Statistics compiled by the Government of India from the reports of provincial Civil Veterinary Departments
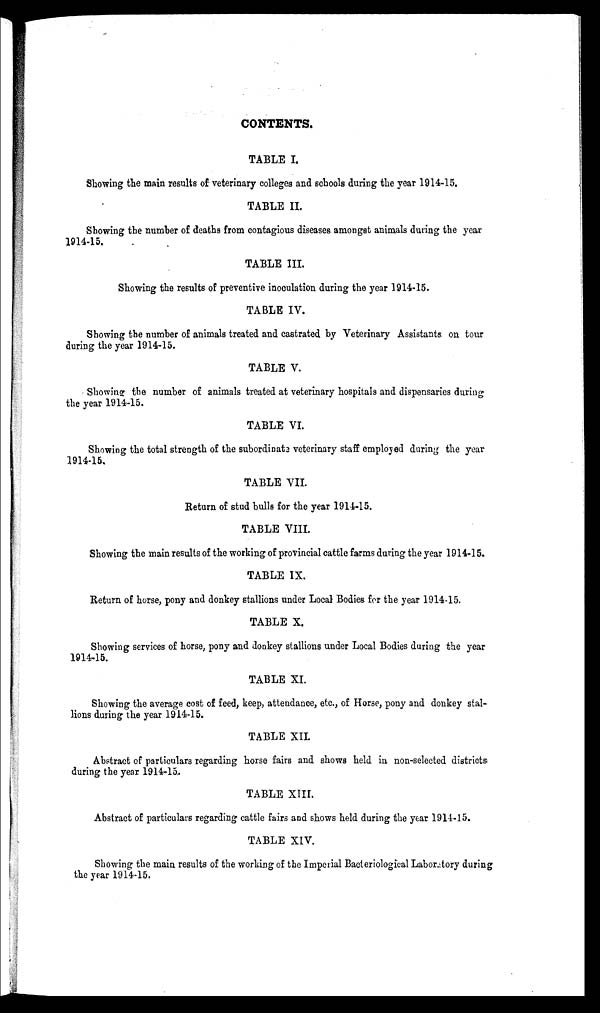
CONTENTS.
TABLE I.
Showing the main results of veterinary colleges and schools during the year 1914-15.
TABLE II.
Showing the number of deaths from contagious diseases amongst animals during the year
1914-15.
TABLE III.
Showing the results of preventive inoculation during the year 1914-15.
TABLE IV.
Showing the number of animals treated and castrated by Veterinary Assistants on tour
during the year 1914-15.
TABLE V.
Showing the number of animals treated at veterinary hospitals and dispensaries during
the year 1914-15.
TABLE VI.
Showing the total strength of the subordinate veterinary staff employed during the year
1914-15.
TABLE VII.
Return of stud bulls for the year 1914-15.
TABLE VIII.
Showing the main results of the working of provincial cattle farms during the year 1914-15.
TABLE IX.
Return of horse, pony and donkey stallions under Local Bodies for the year 1914-15.
TABLE X.
Showing services of horse, pony and donkey stallions under Local Bodies during the year
1914-15.
TABLE XI.
Showing the average cost of feed, keep, attendance, etc., of Horse, pony and donkey stal-
lions during the year 1914-15.
TABLE XII.
Abstract of particulars regarding horse fairs and shows held in non-selected districts
during the year 1914-15.
TABLE XIII.
Abstract of particulars regarding cattle fairs and shows held during the year 1914-15.
TABLE XIV.
Showing the main results of the working of the Imperial Bacteriological Laboratory during
the year 1914-15.